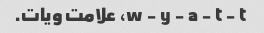
w - y - a - t - t، علامت ویات.